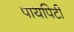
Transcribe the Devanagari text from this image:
पायपिटी